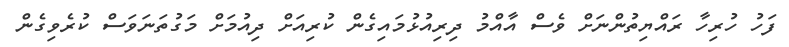
ފަހު ހުރިހާ ރައްޔިތުންނަށް ވެސް އާއްމު ދިރިއުޅުމައިގެން ކުރިއަށް ދިއުމަށް މަގުތަނަވަސް ކުރެވިގެން